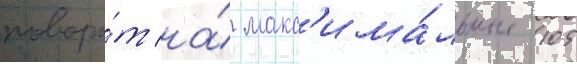
поворо́т на́ макс'има́льные 105